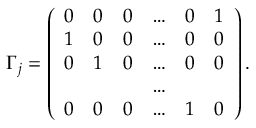
\Gamma _ { j } = \left( \begin{array} { c c c c c c } { { 0 } } & { { 0 } } & { { 0 } } & { { \ldots } } & { { 0 } } & { { 1 } } \\ { { 1 } } & { { 0 } } & { { 0 } } & { { \ldots } } & { { 0 } } & { { 0 } } \\ { { 0 } } & { { 1 } } & { { 0 } } & { { \ldots } } & { { 0 } } & { { 0 } } \\ { { } } & { { } } & { { } } & { { \ldots } } & { { } } & { { } } \\ { { 0 } } & { { 0 } } & { { 0 } } & { { \ldots } } & { { 1 } } & { { 0 } } \end{array} \right) .